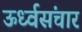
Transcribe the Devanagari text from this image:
ऊर्ध्वसंचार